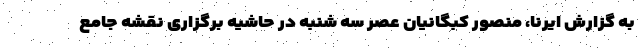
به گزارش ایرنا، منصور کبگانیان عصر سه شنبه در حاشیه برگزاری نقشه جامع